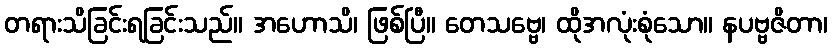
တရားသိခြင်းရခြင်းသည်။ အဟောသိ၊ ဖြစ်ပြီ။ တေသဗ္ဗေ၊ ထိုအလုံးစုံသော။ နပဗ္ဗဇိတာ၊